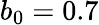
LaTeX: b_{0}=0.7